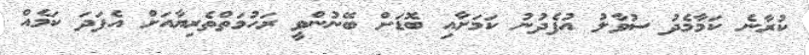
ކުރާނެ ކަމާމެދު ސުވާލު އުފެދުނު ކަމަށާއި ބޮޑަށް ބޭނުންވީ ރަހުމަތްތެރިޔާއަށް އެފަދަ ކަމެއް